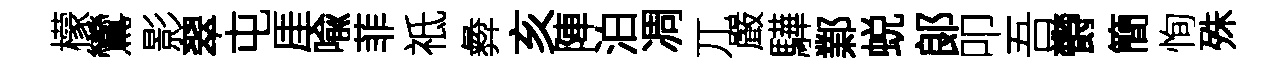
檬鸞影翠屯厓喩菲祗彜亥陣泊凋兀嚴驊鄴蜕郞叩吾欎簡恂殊